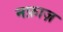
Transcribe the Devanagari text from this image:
नफ़ाज़